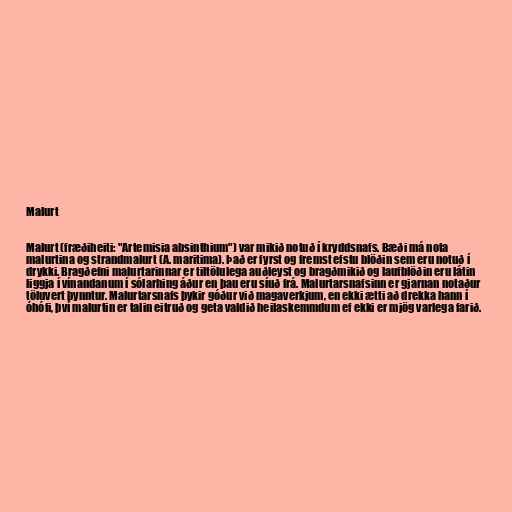
Malurt

Malurt (fræðiheiti: "Artemisia absinthium") var mikið notuð í kryddsnafs. Bæði má nota
malurtina og strandmalurt (A. maritima). Það er fyrst og fremst efstu blöðin sem eru notuð í
drykki. Bragðefni malurtarinnar er tiltölulega auðleyst og bragðmikið og laufblöðin eru látin
liggja í vínandanum í sólarhing áður en þau eru síuð frá. Malurtarsnafsinn er gjarnan notaður
töluvert þynntur. Malurtarsnafs þykir góður við magaverkjum, en ekki ætti að drekka hann í
óhófi, því malurtin er talin eitruð og geta valdið heilaskemmdum ef ekki er mjög varlega farið.